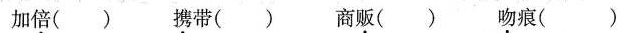
加倍() 携带() 商贩() 吻痕()